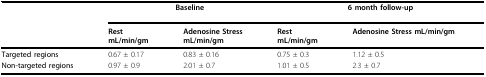
|  | <COLSPAN=2> Baseline | <COLSPAN=2> 6 month follow-up |
 |  | RestmL/min/gm | Adenosine StressmL/min/gm | RestmL/min/gm | Adenosine Stress mL/min/gm |
 | --- | --- | --- | --- | --- |
 | Targeted regions | 0.67 ± 0.17 | 0.83 ± 0.16 | 0.75 ± 0.3 | 1.12 ± 0.5 |
 | Non-targeted regions | 0.97 ± 0.9 | 2.01 ± 0.7 | 1.01 ± 0.5 | 2.3 ± 0.7 |